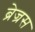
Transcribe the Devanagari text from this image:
ब्रेज्रस